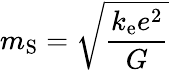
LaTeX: m_{\mathrm{S}}={\sqrt{\frac{k_{\mathrm{e}}e^{2}}{G}}}